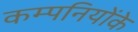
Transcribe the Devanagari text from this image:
कम्पनियोंके